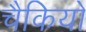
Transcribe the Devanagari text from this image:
चैकियों